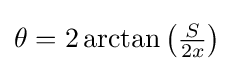
\theta =2\arctan {\left({\tfrac {S}{2x}}\right)}